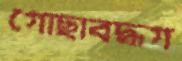
গোছাবদ্ধগ